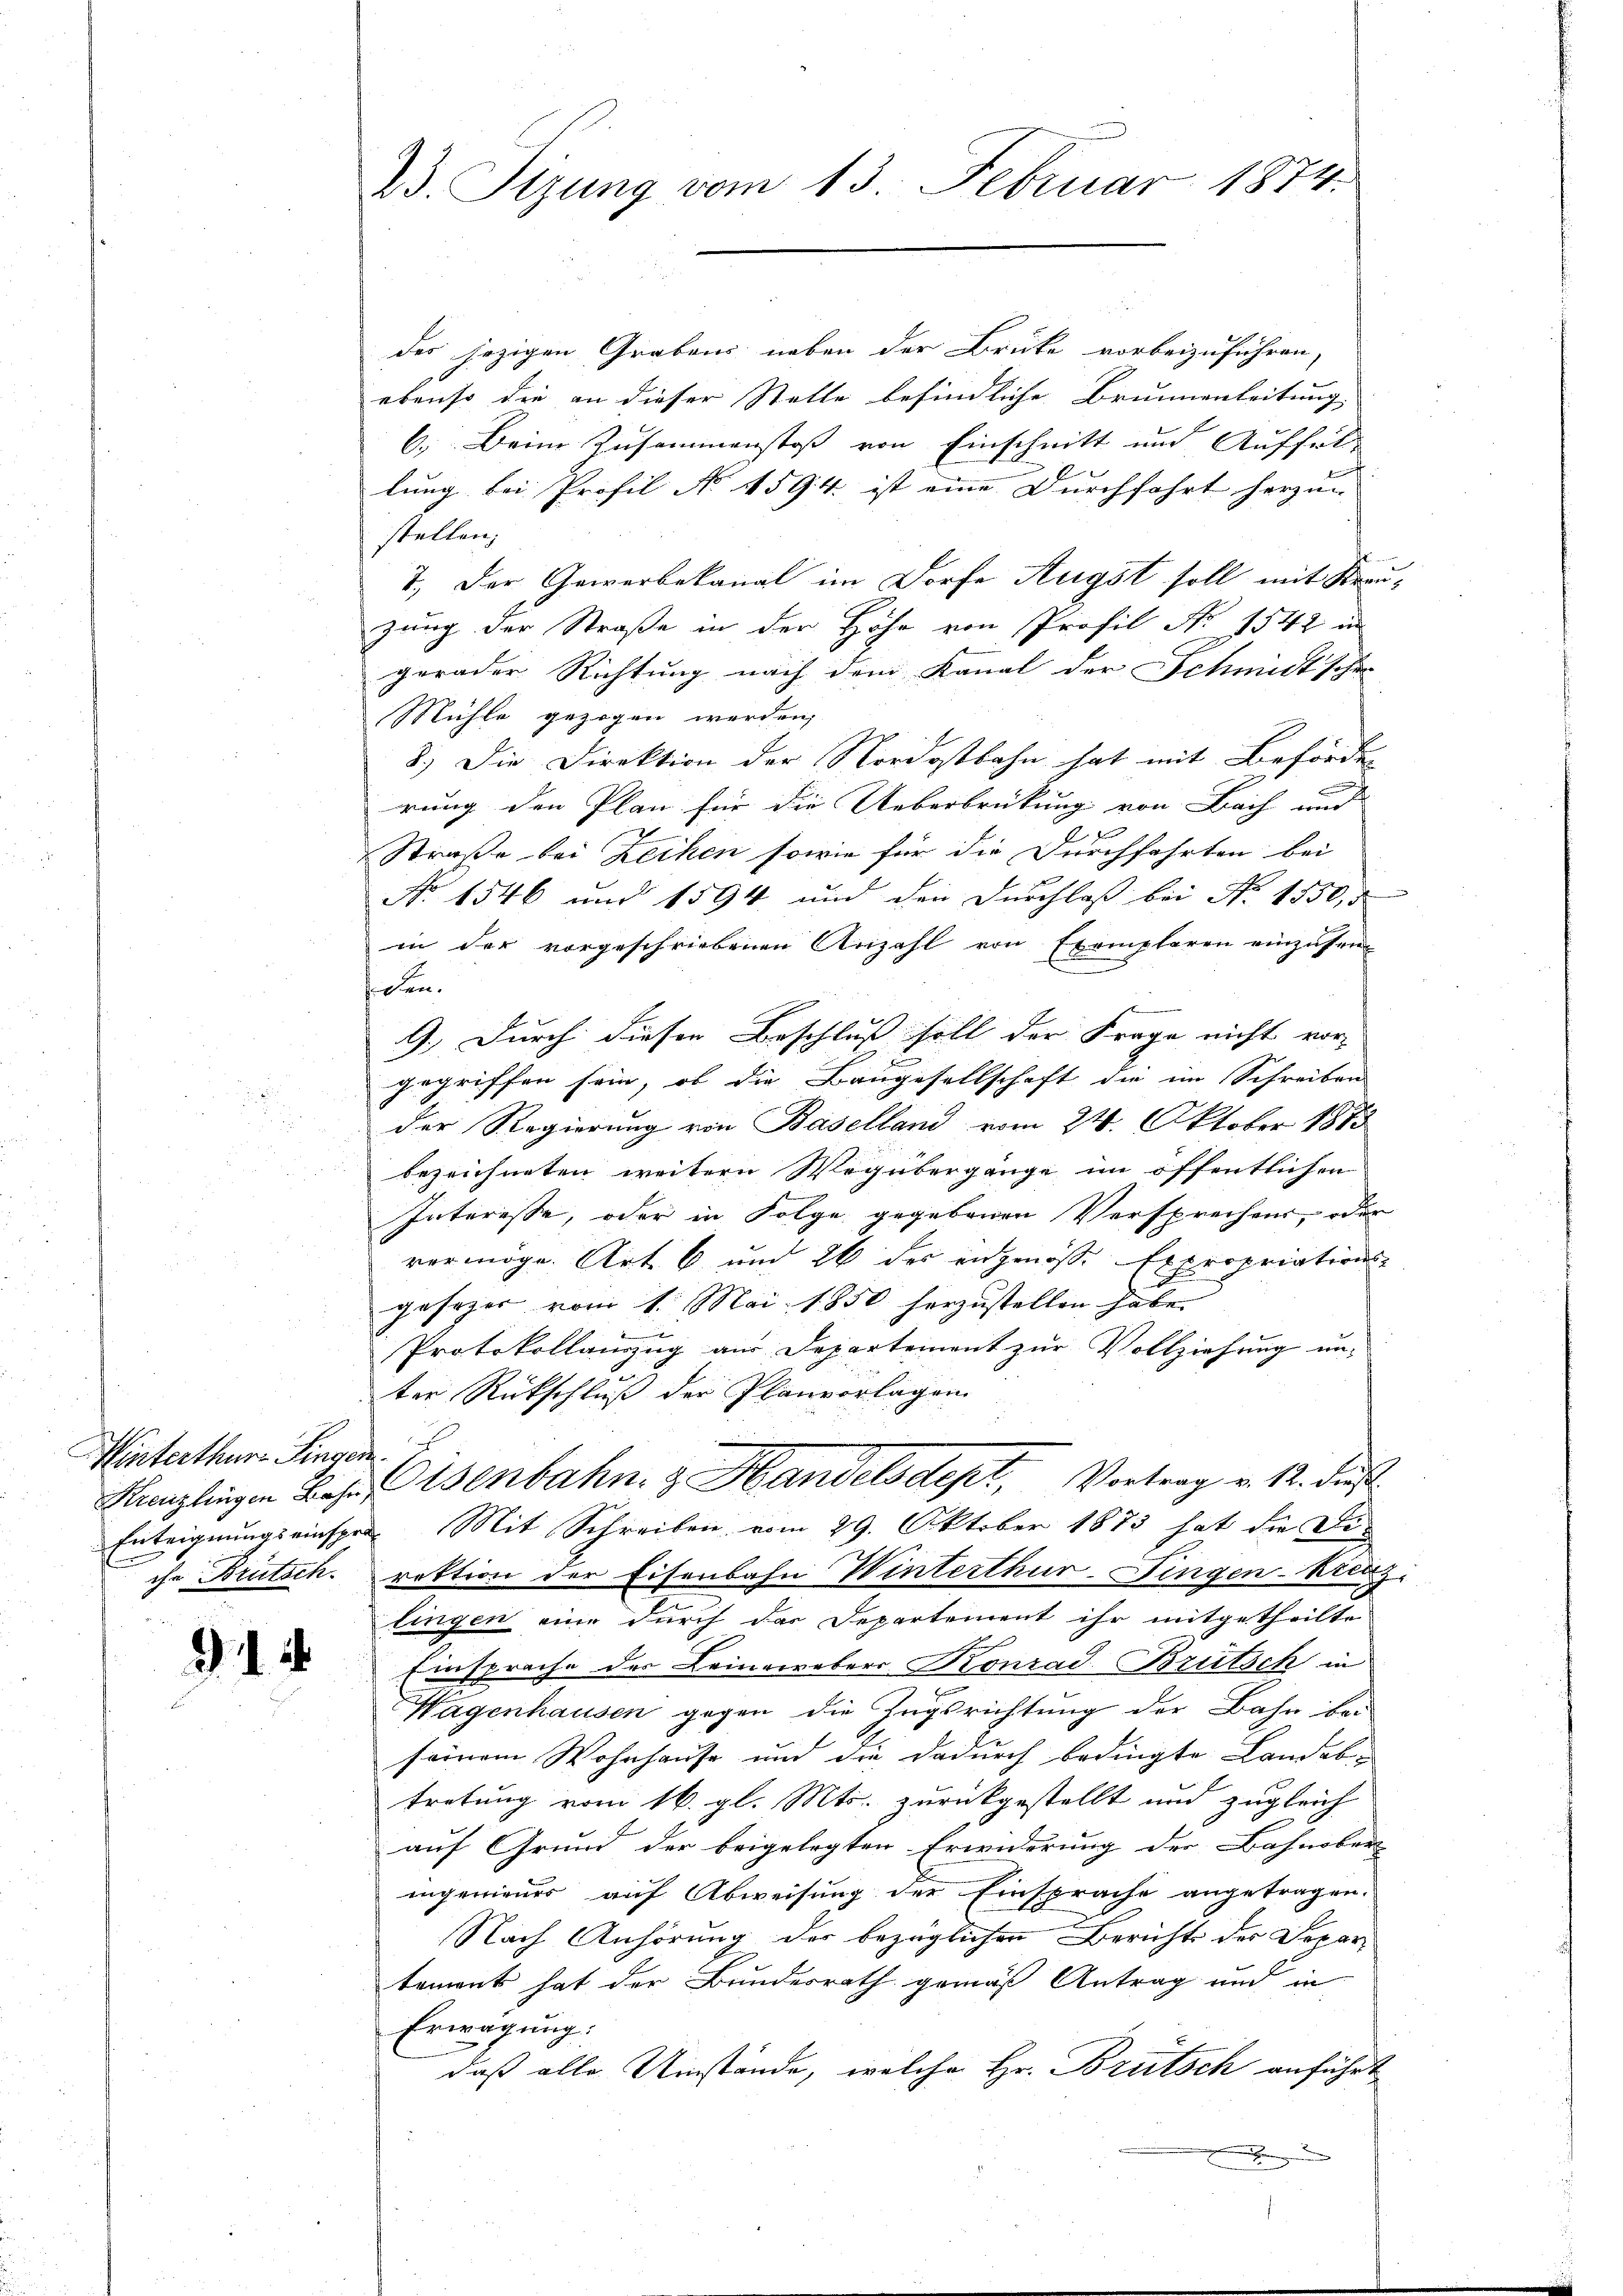
Winterthur Singen.

1

23. Sizung vom 13. Februar 1874.

des jezigen Grabens neben der Brüke vorbeizuführen,
ebenso die an dieser Stelle befindliche Brunnenleitung
6. Beim Zusammenstoß von Einschnitt und Auffüll
lung bei Profil No 1594. ist eine Durchfahrt herzun
stellen;
7. Der Gewerbekanal im Dorfe Augst soll mit Krau-
zung der Straße in der Höhe von Profil No 1542 in
gerader Richtung nach dem Kanal der Schmidtschei
Mühle gezogen werden,
8.) Die Direktion der Nordostbahn hat mit Beförder
rung den Plan für die Ueberbrückung von Bach und |
e
Straße bei Zechen sowie für die Durchfahrten bei
No 1546 und 1594 und den Durchlaß bei No 1550, 5
in der vorgeschriebenen Anzahl von Exemplaren einzusen
siden.
9.) Durch diesen Beschluß soll der Frage nicht vor-
gegriffen sein, ob die Baugesellschaft die im Schreiben
der Regierung von Baselland vom 24. Oktober 1873
bezeichneten weitern Wegübergänge im öffentlichen
Interesse, oder in Folge gegebenen Versprechens, oder
vermöge. Art. 6 und 26 des angenosse Expropriations-
gesezer vom 1. Mai 1850 herzustellen habe.
Protokollanzug aus Departement zur Vollziehung unter Rückschluß der Planvorlagen
Kanzlingen Baselsenbahn & Handelsdept, Vortrag v. 12. Fuß
Enteignungseinsper Mit Schreiben vom 29. Oktober 1873 hat die Diche Brutsch. rektion der Eisenbahn Winterthur-Fingen-Kreuz
lingen eine durch das Departement ihr mitgetheilte
Einsprache des Leinewebers Konrad Brutsch in
Wagenhausen gegen die Zugsrichtung der Bahn bei
seinem Wohnhause und die dadurch bedingte Landab-
tretung vom 16. gl. Mts. zurückgestellt und zugleich
auf Grund der beigelegten Erwiderung der Bahnober
ingenieues auf Abweisung der Einsprache angetragen.
Nach Anhörung der bezüglichen Berichts des Dopar-
tement hat der Bundesrath gemäß Antrag und in
Erwägung:
daß alle Umstände, welche Hr. Brütsch anführt
.
¬